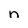
Character: n